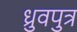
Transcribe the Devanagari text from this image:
ध्रुवपुत्र